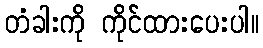
တံခါးကို ကိုင်ထားပေးပါ။